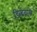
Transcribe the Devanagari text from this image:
डिब्बेवाले